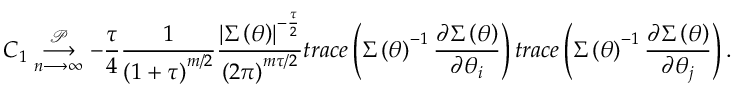
C _ { 1 } \underset { n \longrightarrow \infty } { \overset { \mathcal { P } } { \longrightarrow } } - \frac { \tau } { 4 } \frac { 1 } { \left( 1 + \tau \right) ^ { m / 2 } } \frac { \left\vert \boldsymbol { \Sigma } \left( \boldsymbol { \theta } \right) \right\vert ^ { - \frac { \tau } { 2 } } } { \left( 2 \pi \right) ^ { m \tau / 2 } } t r a c e \left( \boldsymbol { \Sigma } \left( \boldsymbol { \theta } \right) ^ { - 1 } \frac { \partial \boldsymbol { \Sigma } \left( \boldsymbol { \theta } \right) } { \partial \theta _ { i } } \right) t r a c e \left( \boldsymbol { \Sigma } \left( \boldsymbol { \theta } \right) ^ { - 1 } \frac { \partial \boldsymbol { \Sigma } \left( \boldsymbol { \theta } \right) } { \partial \theta _ { j } } \right) .